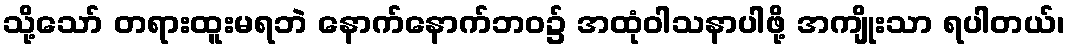
သို့သော် တရားထူးမရဘဲ နောက်နောက်ဘဝ၌ အထုံဝါသနာပါဖို့ အကျိုးသာ ရပါတယ်၊